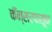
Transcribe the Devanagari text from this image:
कॅन्सरपासून